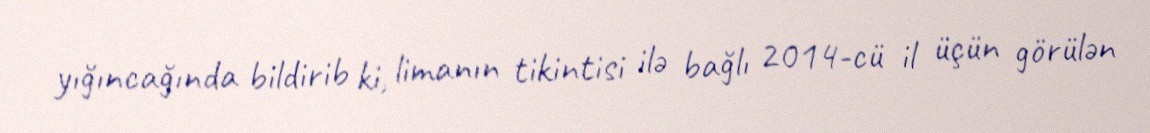
yığıncağında bildirib ki, limanın tikintisi ilə bağlı 2014-cü il üçün görülən